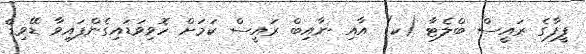
ފީފާގެ ރައީސް ބްލެޓާ (ކ) އާއި ނާއިބް ރައީސް ކަމަށް ހޮވިވަޑައިގެންފައިވާ ޑޭވިޑް